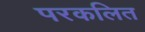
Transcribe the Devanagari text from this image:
परकलित